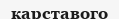
карставого